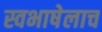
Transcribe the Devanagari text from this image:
स्वभाषेलाच